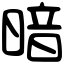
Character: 暗